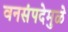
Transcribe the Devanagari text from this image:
वनसंपदेमुळे